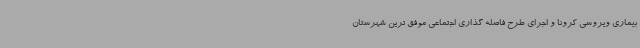
بیماری ویروسی کرونا و اجرای طرح فاصله گذاری اجتماعی موفق ترین شهرستان